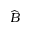
\widehat B